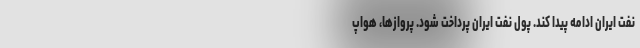
نفت ایران ادامه پیدا کند. پول نفت ایران پرداخت شود. پروازها، هواپ